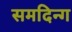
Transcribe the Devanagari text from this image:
समदिन्ग